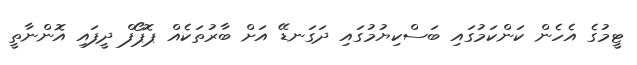
ޓީމުގެ އެހެން ކަންކަމުގައި ބަސްކިޔުމުގައި ދަގަނޑޭ އަށް ބާރުތަކެއް ޕޮޕޯފް ދީފައި އޮންނާތީ